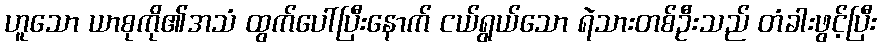
ဟူသော ယာစုကို၏အသံ ထွက်ပေါ်ပြီးနောက် ငယ်ရွယ်သော ရဲသားတစ်ဦးသည် တံခါးဖွင့်ပြီး